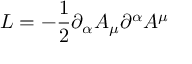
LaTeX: { \cal L } = - \frac { 1 } { 2 } \partial _ { \alpha } A _ { \mu } \partial ^ { \alpha } A ^ { \mu }